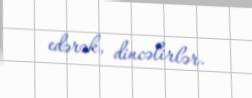
edərək, dincəlirlər.